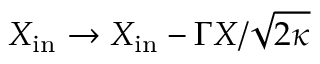
X _ { \mathrm { i n } } \rightarrow X _ { \mathrm { i n } } - \Gamma X / \sqrt { 2 \kappa }